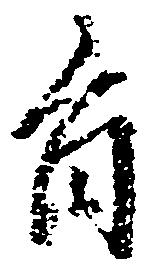
旨